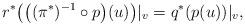
LaTeX: \begin{gather*} r^* \big( \big((\pi^*)^{-1}\circ p\big)(u) \big)|_v = q^*(p(u))|_v,\end{gather*}